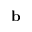
\mathbf { b }